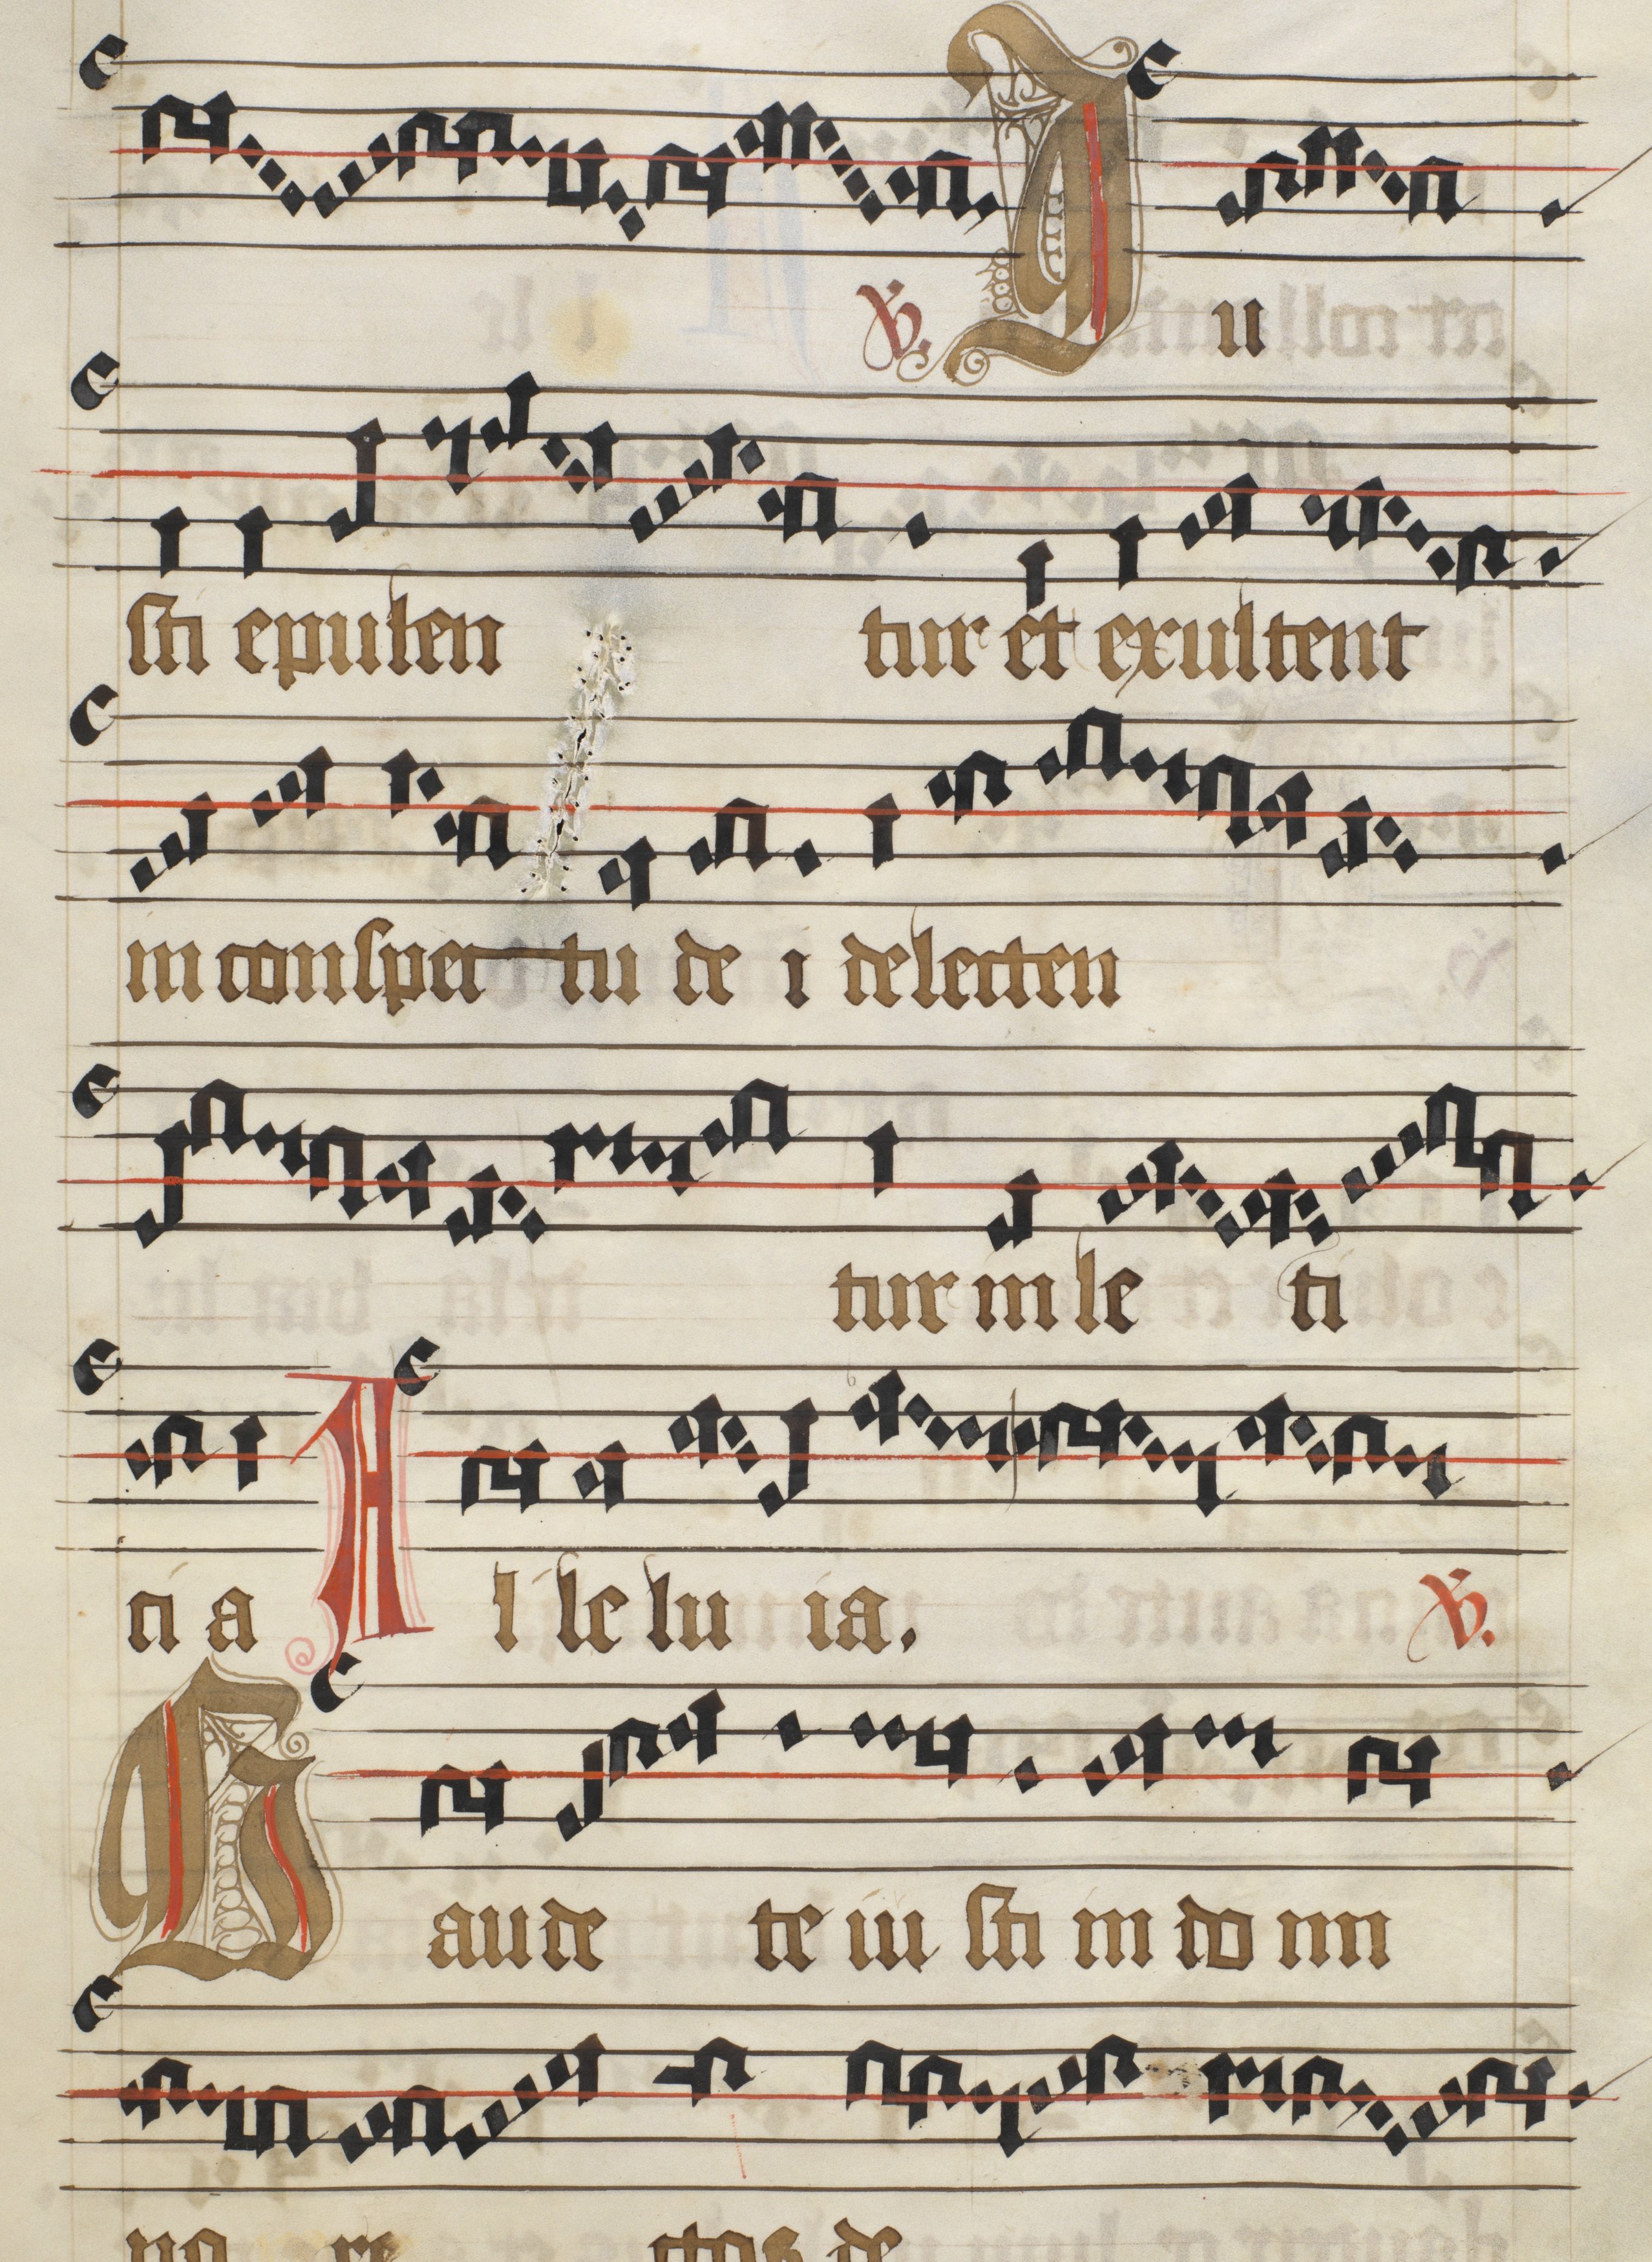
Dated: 1475–1499